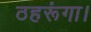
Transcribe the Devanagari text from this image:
ठहरूंगा।